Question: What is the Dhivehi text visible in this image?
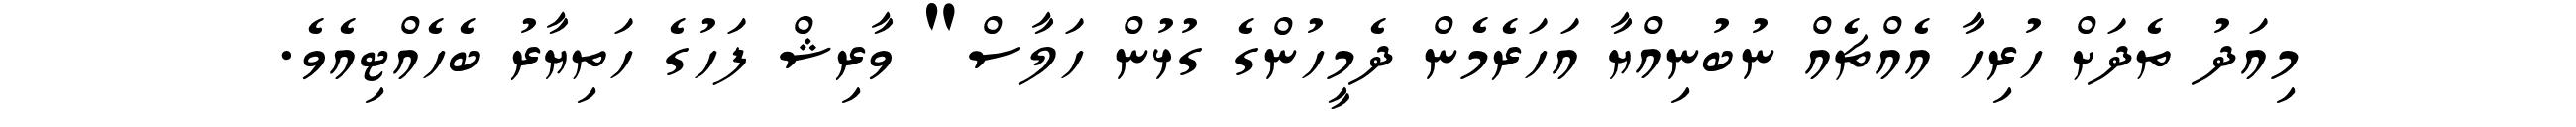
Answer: މިއަދު ތެދަށް ހުރިހާ އެއްޗެއް ނުބުނިއްޔާ އަހަރެމެން ދެމީހުންގެ ގުޅުން ހަލާސް" ވާރިޝް ފަހުގެ ހަތިޔާރު ބެހެއްޓިއެވެ.